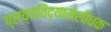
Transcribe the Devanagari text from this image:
प्राच्यविद्यासंशोधक